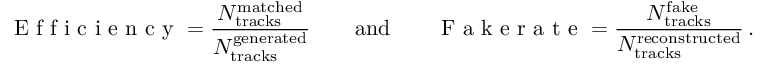
\textrm { E f f i c i e n c y } = \frac { N _ { \mathrm { t r a c k s } } ^ { \mathrm { m a t c h e d } } } { N _ { \mathrm { t r a c k s } } ^ { \mathrm { g e n e r a t e d } } } \qquad \mathrm { a n d } \qquad \textrm { F a k e r a t e } = \frac { N _ { \mathrm { t r a c k s } } ^ { \mathrm { f a k e } } } { N _ { \mathrm { t r a c k s } } ^ { \mathrm { r e c o n s t r u c t e d } } } \, .